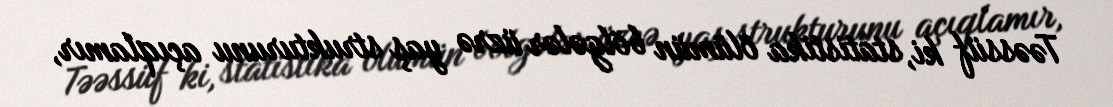
Təəssüf ki, statistika ölümün bölgələr üzrə yaş strukturunu açıqlamır,